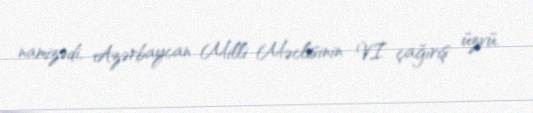
namizədi, Azərbaycan Milli Məclisinin VI çağırış üzvü.